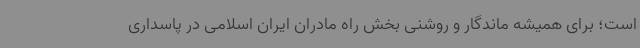
است؛ برای همیشه ماندگار و روشنی بخش راه مادران ایران اسلامی در پاسداری